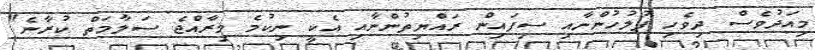
މިއަދުވެސް ދިވެހި ފުލުހުންނާއި ސިފައިން ރައްޔިތުންނާއި އެކީ ނިކުމެ މިރާއްޖެ ސަލާމަތް ކުރާނެ"